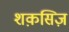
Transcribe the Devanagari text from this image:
शक़सिज़